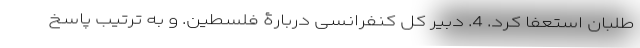
طلبان استعفا کرد. 4. دبیر کل کنفرانسی دربارۀ فلسطین. و به ترتیب پاسخ